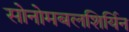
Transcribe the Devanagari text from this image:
सोनोमबलशिर्यिन